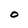
Character: O